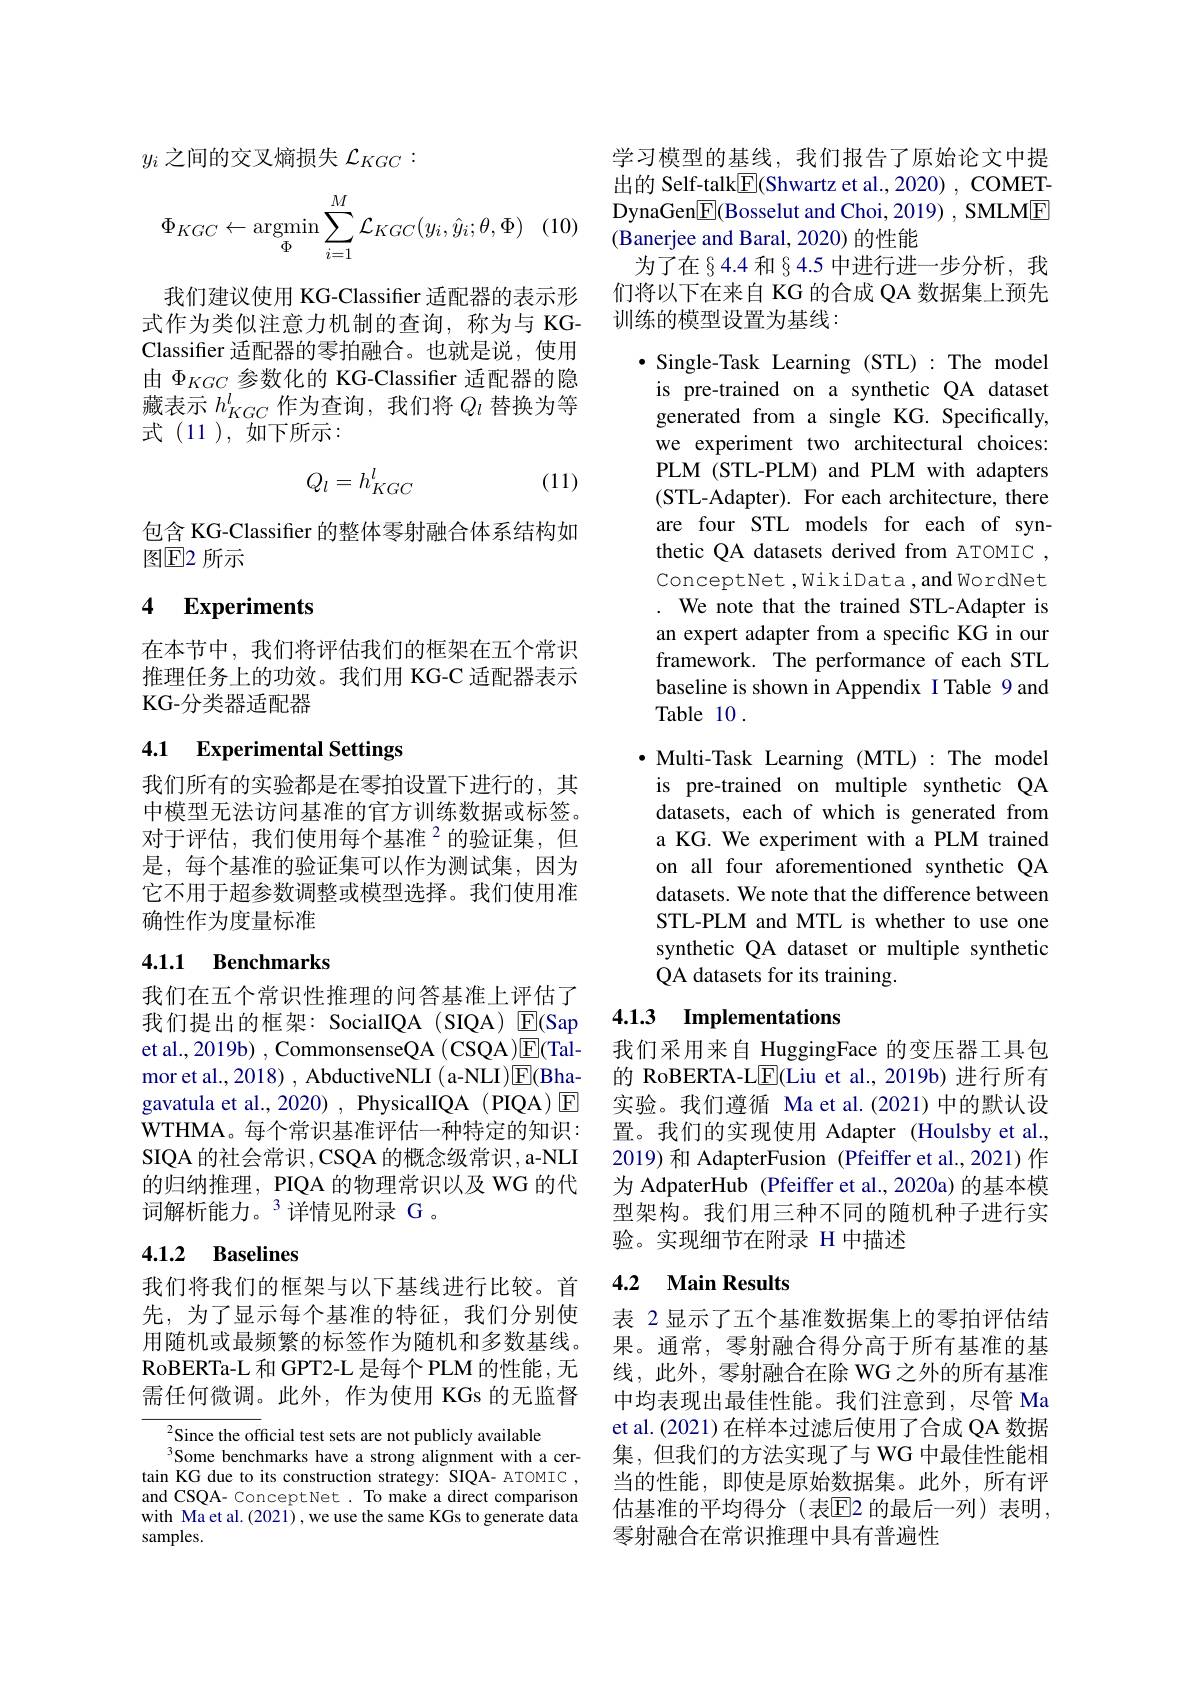
$y_i$之间的交叉熵损失$\mathcal{L}_KGC:$
$$\Phi_{KGC}\leftarrow\underset{\Phi}{\text{argmin}}\sum_{i=1}^{M}\mathcal{L}_{KGC}(y_{i},\hat{y}_{i};\theta,\Phi)$$
我们建议使用 KG-Classifier 适配器的表示形式作为类似注意力机制的查询，称为与 KGClassifer 适配器的零拍融合。也就是说，使用由$\Phi_{KGC}$参数化的 KG-Classifer 适配器的隐藏表示$h_{KGC}^l$作为查询，我们将$Q_l$替换为等式(11),如下所示：
$$Q_l=h_{KGC}^l$$
(11)

包含 KG-Classifier 的整体零射融合体系结构如
图$\mathbb{E}$2 所示

# 4 Experiments

在本节中，我们将评估我们的框架在五个常识推理任务上的功效。我们用 KG-C 适配器表示KG-分类器适配器

4.1 Experimental Settings

我们所有的实验都是在零拍设置下进行的，其中模型无法访问基准的官方训练数据或标签。对于评估，我们使用每个基准$^{2}$的验证集，但是，每个基准的验证集可以作为测试集，因为它不用于超参数调整或模型选择。我们使用准确性作为度量标准

# 4.1.1 Benchmarks

我们在五个常识性推理的问答基准上评估了我们提出的框架：SocialIQA(SIQA) E(Sap et al., 2019b) , CommonsenseQA ( CSQA )$\boxed{\mathrm{E}}($Talmor et al., 2018) , AbductiveNLI ( a-NLI)$\overline{\mathrm{E}}($Bhagavatula et al., 2020) , PhysicalIQA (PIQA) E WTHMA。每 个 常 识 基 准 评 估 一 种 特 定 的 知 识 : SIQA 的社会常识，CSQA的概念级常识，a- NLI 的归纳推理，PIQA 的物理常识以及 WG 的代词解析能力。$^3$详情见附录 G 。

## 4.1.2 Baselines

我们将我们的框架与以下基线进行比较。首先，为了显示每个基准的特征，我们分别使用随机或最频繁的标签作为随机和多数基线。RoBERTa- L 和 GPT2-L 是每个 PLM 的性能，无需任何微调。此外，作为使用 KGs 的无监督

${}^{2}$Since the official test sets are not publicly available
Some benchmarks have a strong alignment with a certain KG due to its construction strategy: SIQA- ATOMTC, and CSQA- ConceptNet . To make a direct comparison with Ma et al.(2021) ,we use the same KGs to generate data samples.

学习模型的基线，我们报告了原始论文中提出的 Self-talk$\boxed{\mathrm{F}}($Shwartz et al., 2020) , COMETDynaGen$\boxed{\mathrm{F}}$(Bosselut and Choi, 2019) , SMLME (Banerjee and Baral, 2020) 的性能
为了在§4.4 和§4.5 中进行进一步分析，我们将以下在来自 KG 的合成 QA 数据集上预先训练的模型设置为基线：

$\bullet$ Single-Task Learning (STL):The model is pre-trained on a synthetic QA dataset generated from a single KG. Specifically, we experiment two architectural choices: PLM (STL-PLM) and PLM with adapters (STL-Adapter). For each architecture, there are four STL models for each of synthetic QA datasets derived from ATOMIC , ConceptNet ,WikiData ,and WordNet . We note that the trained STL-Adapter is an expert adapter from a specific KG in our framework. The performance of each STL baseline is shown in Appendix I Table 9 and Table 10 .
$\bullet$ Multi-Task Learning (MTL):The model is pre-trained on multiple synthetic QA datasets, each of which is generated from a KG. We experiment with a PLM trained on all four aforementioned synthetic QA datasets. We note that the difference between STL-PLM and MTL is whether to use one synthetic QA dataset or multiple synthetic QA datasets for its training.

# 4.1.3 Implementations

我们采用来自 HuggingFace 的变压器工具包的 RoBERTA-L$\underline{\mathrm{E}}($Liu et al.,2019b) 进行所有实验。我们遵循 Ma et al.(2021)中的默认设置。我们的实现使用 Adapter (Houlsby et al., 2019) 和 AdapterFusion (Pfeiffer et al., 2021) 作为 AdpaterHub (Pfeiffer et al., 2020a) 的基本模型架构。我们用三种不同的随机种子进行实验。实现细节在附录 H 中描述

### 4.2 Main Results

表 2 显示了五个基准数据集上的零拍评估结果。通常，零射融合得分高于所有基准的基线，此外，零射融合在除 WG 之外的所有基准中均表现出最佳性能。我们注意到，尽管 Ma et al.(2021) 在样本过滤后使用了合成 QA 数据集，但我们的方法实现了与 WG 中最佳性能相当的性能，即使是原始数据集。此外，所有评估基准的平均得分(表$\overline{\mathrm{E}}$2 的最后一列)表明， 零射融合在常识推理中具有普遍性